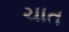
ચાત